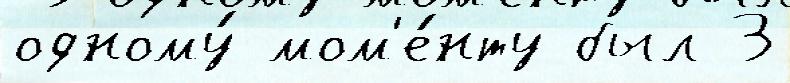
одному́ мом'е́нту был 3